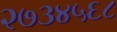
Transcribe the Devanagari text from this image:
२७३४५६८